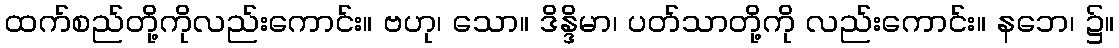
ထက်စည်တို့ကိုလည်းကောင်း။ ဗဟု၊ သော။ ဒိန္ဒိမာ၊ ပတ်သာတို့ကို လည်းကောင်း။ နဘေ၊ ၌။